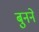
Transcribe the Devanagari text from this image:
बुुनने